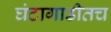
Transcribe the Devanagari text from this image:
घंटागाडीतच